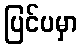
ပြင်ပမှာ